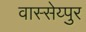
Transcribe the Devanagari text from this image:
वास्सेय्पुर